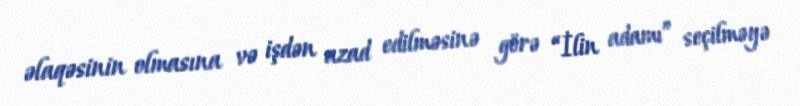
əlaqəsinin olmasına və işdən azad edilməsinə görə “İlin adamı” seçilməyə